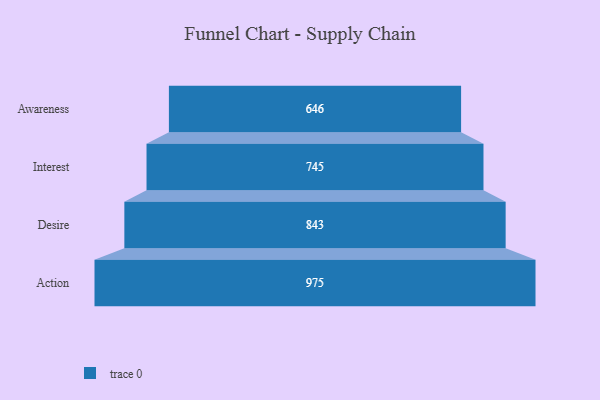
{"axis": {"x": "Stage", "y": "Value"}, "legend": [""], "data": [{"x": "Awareness", "y": 646.0, "type": ""}, {"x": "Interest", "y": 745.0, "type": ""}, {"x": "Desire", "y": 843.0, "type": ""}, {"x": "Action", "y": 975.0, "type": ""}]}